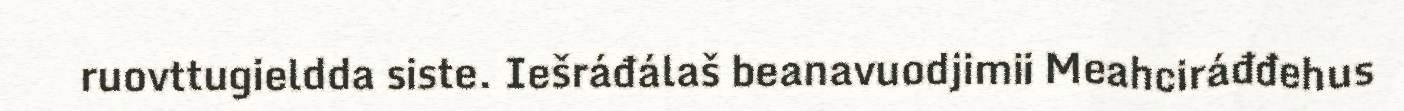
ruovttugieldda siste. Iešráđálaš beanavuodjimii Meahciráđđehus